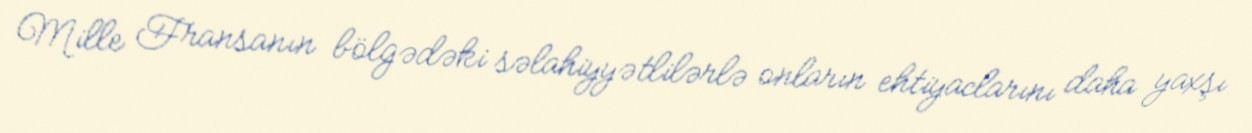
Mille Fransanın bölgədəki səlahiyyətlilərlə onların ehtiyaclarını daha yaxşı